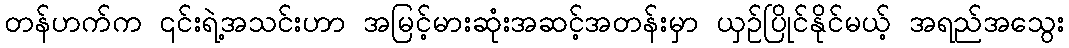
တန်ဟက်က ၎င်းရဲ့အသင်းဟာ အမြင့်မားဆုံးအဆင့်အတန်းမှာ ယှဉ်ပြိုင်နိုင်မယ့် အရည်အသွေး